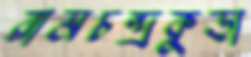
রামচন্দ্রকুড়া